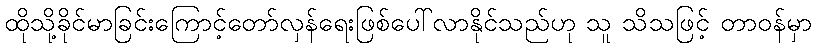
ထိုသို့ခိုင်မာခြင်းကြောင့်တော်လှန်ရေးဖြစ်ပေါ်လာနိုင်သည်ဟု သူ သိသဖြင့် တာဝန်မှာ